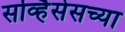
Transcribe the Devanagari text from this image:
सर्व्हिसेसच्या